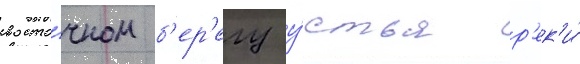
восто́чном б'ер'егу у́стья р'ек'и́